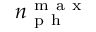
n _ { \mathrm { ~ p ~ h ~ } } ^ { \mathrm { ~ m ~ a ~ x ~ } }